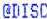
@DISC